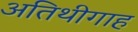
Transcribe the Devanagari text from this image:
अतिथीगाह